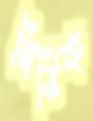
নির্ভিক